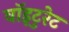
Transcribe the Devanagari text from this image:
वॉइटुरेट